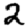
Digit: 2